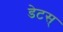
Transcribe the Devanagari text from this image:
डेटस्‌